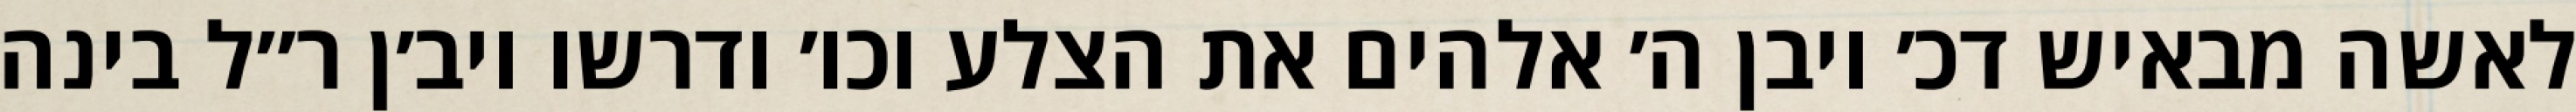
לאשה מבאיש דכ׳ ויבן ה׳ אלהים את הצלע וכו׳ ודרשו ויב׳ן ר״ל בינה